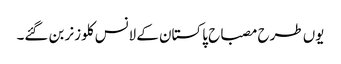
یوں طرح مصباح پاکستان کے لانس کلوزنر بن گئے۔